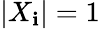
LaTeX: |X_{\mathbf{i}}|=1